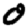
Digit: 0